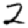
Digit: 2